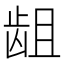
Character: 龃